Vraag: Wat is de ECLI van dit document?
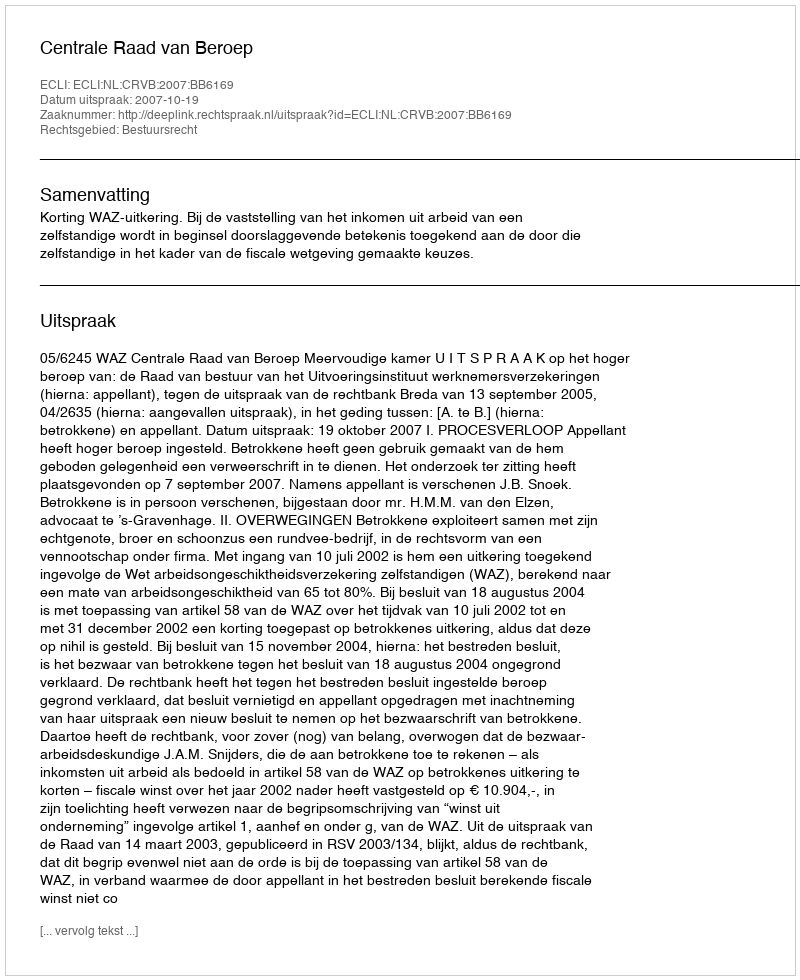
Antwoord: ECLI:NL:CRVB:2007:BB6169